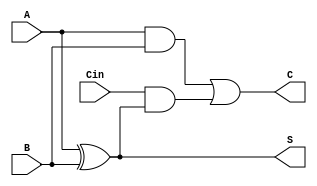
module Dynamic_Carry_Save_Adder (
    input wire [n-1:0] A,      // Operand A
    input wire [n-1:0] B,      // Operand B
    input wire [n-1:0] Cin,     // Carry-in
    output wire [n-1:0] S,      // Sum output
    output wire [n-1:0] C       // Carry output
);
    parameter n = 8; // Bit-width of the operands

    // Intermediate wires for partial sums and carries
    wire [n-1:0] partial_sum;
    wire [n-1:0] carry_out;

    // Partial Sum Calculation using XOR gates
    assign partial_sum = A ^ B; // Sum = A XOR B

    // Carry Generation using AND gates
    assign carry_out = (A & B) | (Cin & partial_sum); // Carry = (A AND B) + (Cin AND (A XOR B))

    // Dynamic Logic Implementation
    // Precharge and Evaluate phases are abstracted in this simple model
    // In a real dynamic logic implementation, you would need to manage the clock phases
    // Here we simply output the results directly for simulation purposes
    assign S = partial_sum; // Sum output
    assign C = carry_out;   // Carry output

endmodule